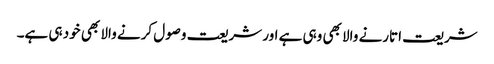
شریعت اتارنے والا بھی وہی ہے اور شریعت وصول کرنے والا بھی خود ہی ہے۔